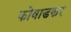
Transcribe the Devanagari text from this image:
कोवाडकर